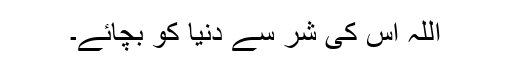
اللہ اس کی شر سے دنیا کو بچائے۔